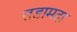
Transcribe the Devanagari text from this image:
लड़ामदा